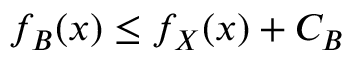
f _ { B } ( x ) \leq f _ { X } ( x ) + C _ { B }